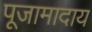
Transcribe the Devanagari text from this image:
पूजामादाय